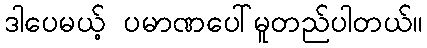
ဒါပေမယ့် ပမာဏပေါ်မူတည်ပါတယ်။